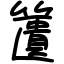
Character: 䕚